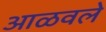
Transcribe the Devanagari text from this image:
आळवले